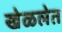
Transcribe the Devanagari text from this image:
खेळलेत